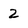
Character: 2